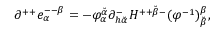
\partial ^ { + + } e _ { \alpha } ^ { -- \beta } = - \varphi _ { \alpha } ^ { \breve { \alpha } } \partial _ { h { \breve { \alpha } } } ^ { - } H ^ { + + { \breve { \beta } } - } ( \varphi ^ { - 1 } ) _ { \breve { \beta } } ^ { \beta } ,